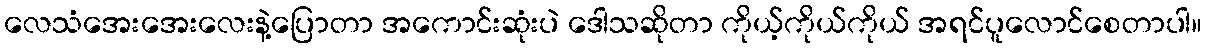
လေသံအေးအေးလေးနဲ့ပြောတာ အကောင်းဆုံးပဲ ဒေါသဆိုတာ ကိုယ့်ကိုယ်ကိုယ် အရင်ပူလောင်စေတာပါ။